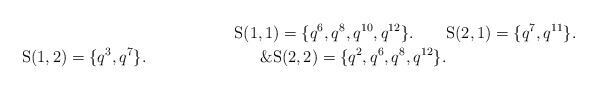
\begin{align*}\mathrm{S}(1,1)=\{q^6, q^8, q^{10}, q^{12}\}.\qquad&\mathrm{S}(2,1)=\{q^7, q^{11}\}.\\\mathrm{S}(1,2)=\{q^3, q^7\}.\qquad\qquad\qquad\quad\&\mathrm{S}(2,2)=\{q^2, q^6, q^{8}, q^{12}\}.\end{align*}